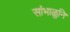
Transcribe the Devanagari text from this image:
सांभाळुनि